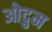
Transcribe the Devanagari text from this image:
ओदुम